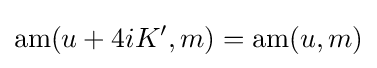
\operatorname {am} (u+4iK',m)=\operatorname {am} (u,m)